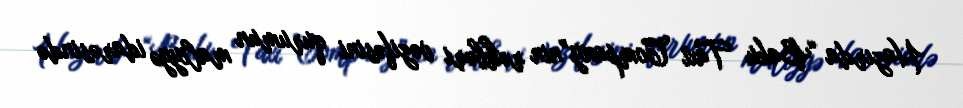
Hazırda “Baku Taxi Company”nin rəhbəri vəzifəsini qurumun maliyyə idarəsində